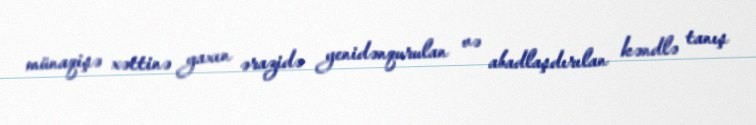
münaqişə xəttinə yaxın ərazidə yenidənqurulan və abadlaşdırılan kəndlə tanış